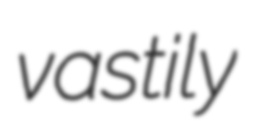
vastily